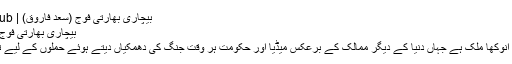
بیچاری بھارتی فوج (سعد فاروق) | Writers Club
بیچاری بھارتی فوج (سعد فاروق)
بھارت دنیا کا انوکھا ملک ہے جہاں دنیا کے دیگر ممالک کے برعکس میڈیا اور حکومت ہر وقت جنگ کی دھمکیاں دیتے ہوئے حملوں کے لیے تیار رہتی ہے۔